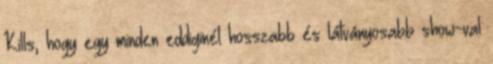
Kills, hogy egy minden eddiginél hosszabb és látványosabb show-val